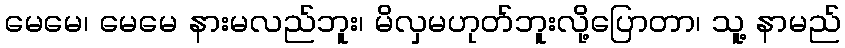
မေမေ၊ မေမေ နားမလည်ဘူး၊ မိလှမဟုတ်ဘူးလို့ပြောတာ၊ သူ့ နာမည်